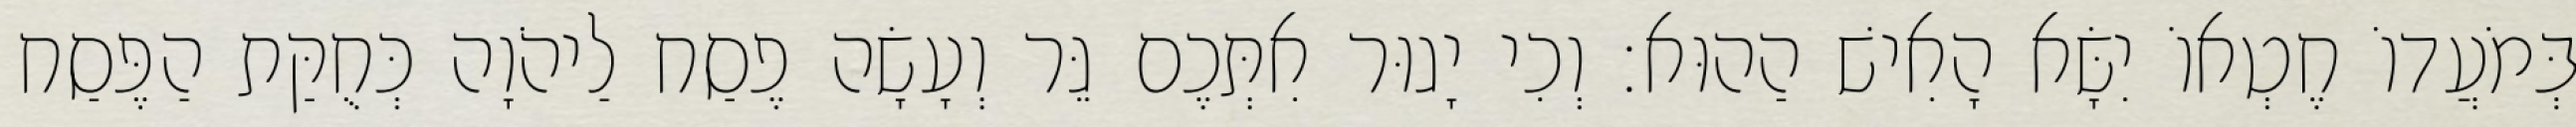
בְּמֹעֲדוֹ חֶטְאוֹ יִשָּׂא הָאִישׁ הַהוּא׃ וְכִי יָגוּר אִתְּכֶם גֵּר וְעָשָׂה פֶסַח לַיהֹוָה כְּחֻקַּת הַפֶּסַח